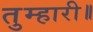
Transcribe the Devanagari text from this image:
तुम्हारी॥